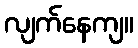
လျက်နေကျ။